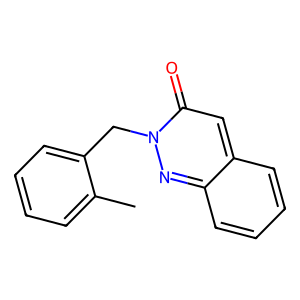
SMILES: Cc1ccccc1Cn1nc2ccccc2cc1=O
Inhibits HIV replication: No